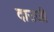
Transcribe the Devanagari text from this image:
दाउजी